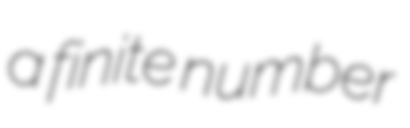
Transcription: a finite number